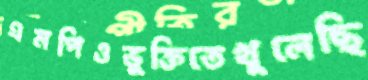
এমপিওভুক্তিতেখুলেছি